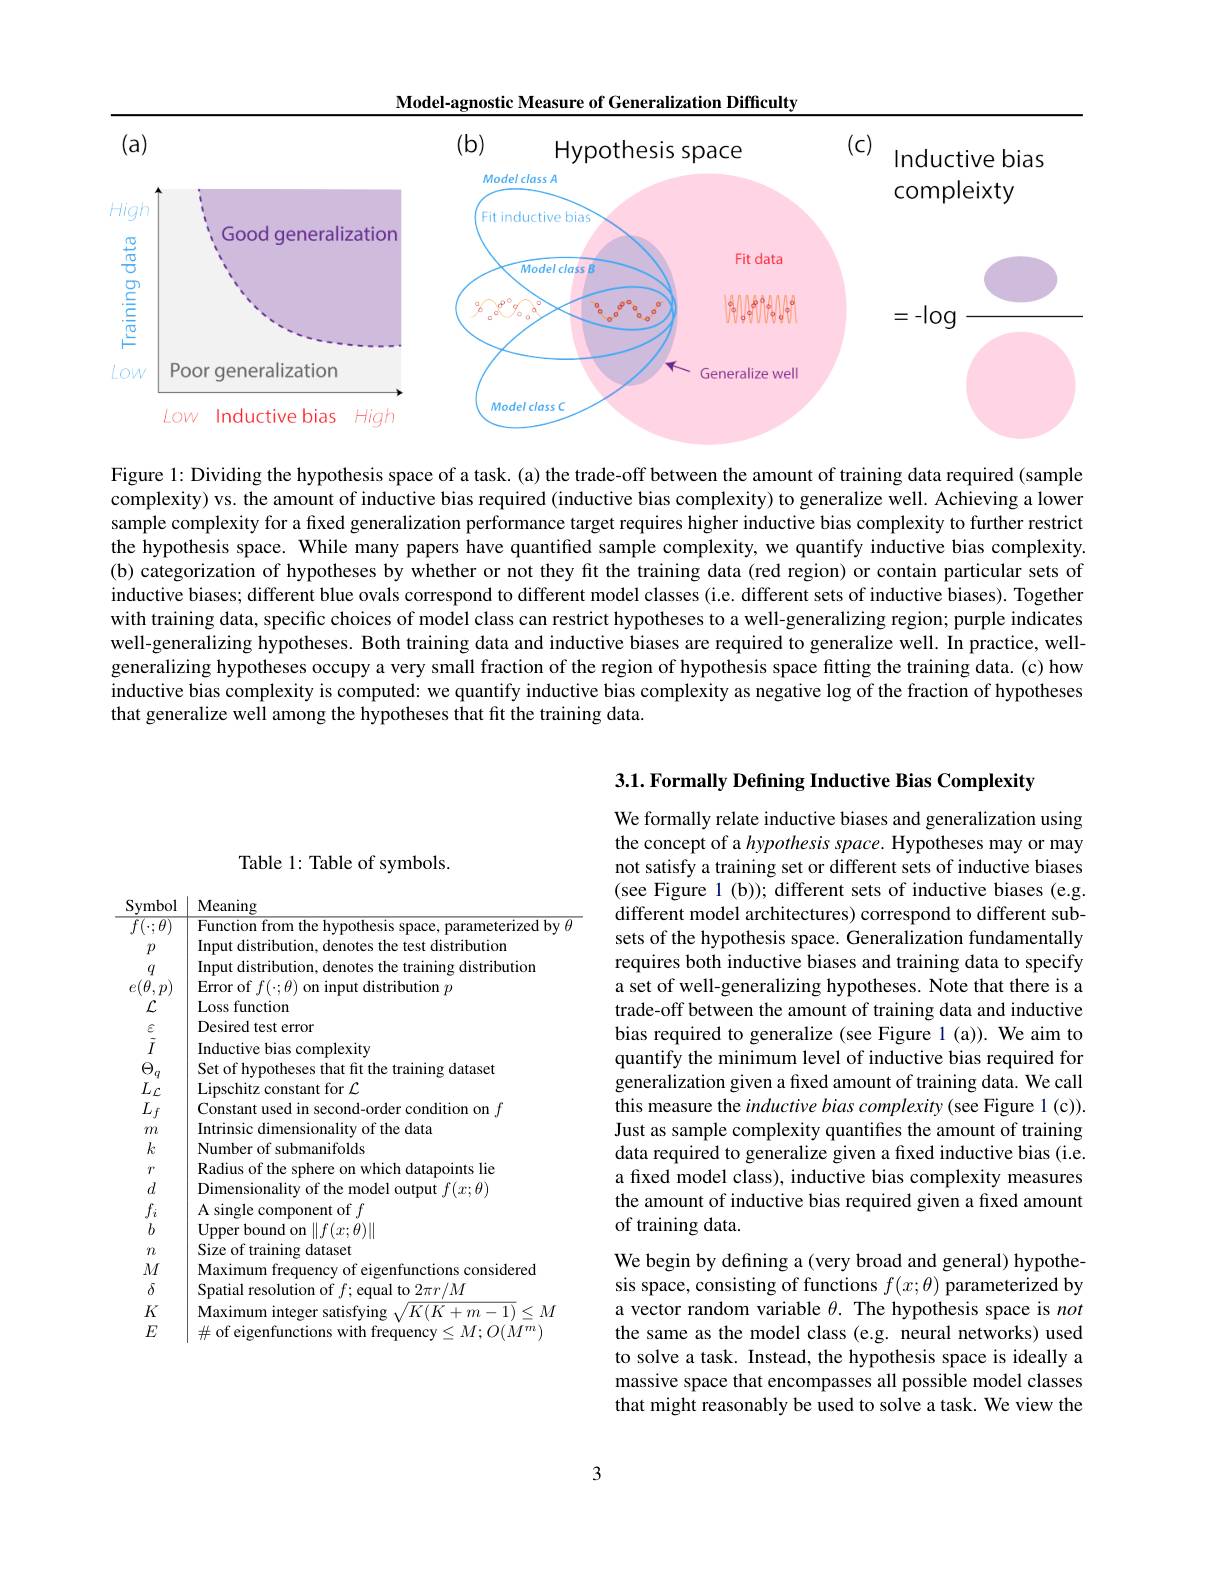
Model-agnostic Measure of Generalization Difficulty

<FigureHere>

Figure 1: Dividing the hypothesis space of a task. (a) the trade-off between the amount of training data required (sample complexity) vs. the amount of inductive bias required (inductive bias complexity) to generalize well. Achieving a lower sample complexity for a fixed generalization performance target requires higher inductive bias complexity to further restrict the hypothesis space. While many papers have quantified sample complexity, we quantify inductive bias complexity. (b) categorization of hypotheses by whether or not they fit the training data (red region) or contain particular sets of inductive biases; different blue ovals correspond to different model classes (i.e. different sets of inductive biases). Together with training data, specific choices of model class can restrict hypotheses to a well-generalizing region; purple indicates well-generalizing hypotheses. Both training data and inductive biases are required to generalize well. In practice, wellgeneralizing hypotheses occupy a very small fraction of the region of hypothesis space fitting the training data. (c) how inductive bias complexity is computed: we quantify inductive bias complexity as negative log of the fraction of hypotheses that generalize well among the hypotheses that fit the training data.

## Table 1: Table of symbols.

$\begin{array}{c|c}\text{Symbol}&\text{Meaning}\\\hline\end{array}$
$\begin{array}{c|c}f(\cdot;\theta)&\text{Function from the hypothesis space, parameterized by }\theta\end{array}$
Input distribution, denotes the test distribution
$p$ $q$
Input distribution, denotes the training distribution
$e( \theta , p)$ $\left | \begin{array} { c c } {\mathrm{Error~of~}f( \cdot ; \theta ) \text{ on input distribution }p}\end{array} \right .$
Loss function
$\mathcal{L}$
Desired test error
$\begin{array}{c}{\varepsilon}\\{\tilde{I}}\\{\Theta_{q}}\end{array}$
Inductive bias complexity
Set of hypotheses that fit the training dataset
$\Theta_{q}$ $L_{\mathcal{L}}$ $L_{f}$
Lipschitz constant for $\mathcal{L}$
Constant used in second-order condition on $f$
Intrinsic dimensionality of the data
$m$ $k$
Number of submanifolds
$r$
Radius of the sphere on which datapoints lie
$d$
Dimensionality of the model output $f(x;\theta)$
$f_i$
$\mathop{\mathrm{A~single~component~of~}}_{\text{Inan bound}}$
$b$
$\operatorname{Upper}$bound on$\|f(x;\theta)\|$
Size of training dataset
$n$ $M$
Maximum frequency of eigenfunctions considered
$\delta$
Spatial resolution of $f;$ equal to $2\pi r/M$
$K$
$\underset{{\mathrm{Maximum~integer~satisfying~}}}{\operatorname*{\operatorname*{\operatorname*{Maximum~integer~satisfying~}}\sqrt{K(K+m-1)}\leq M}}$
$E$
$\mid\#$ of eigenfunctions with frequency$\leq M;O(\bar{M^m})$

3.1. Formally Defining Inductive Bias Complexity
We formally relate inductive biases and generalization using the concept of a hypothesis space. Hypotheses may or may not satisfy a training set or different sets of inductive biases (see Figure 1(b)); different sets of inductive biases (e.g. different model architectures) correspond to different subsets of the hypothesis space. Generalization fundamentally requires both inductive biases and training data to specify a set of well-generalizing hypotheses. Note that there is a trade-off between the amount of training data and inductive bias required to generalize (see Figure 1 (a)). We aim to quantify the minimum level of inductive bias required for generalization given a fixed amount of training data. We call this measure the inductive bias complexity (see Figure 1 (c)). Just as sample complexity quantifies the amount of training data required to generalize given a fixed inductive bias (i.e. a fixed model class), inductive bias complexity measures the amount of inductive bias required given a fixed amount of training data.
We begin by defining a (very broad and general) hypothesis space, consisting of functions $f(x;\theta)$ parameterized by a vector random variable $\theta.$ The hypothesis space is not the same as the model class (e.g. neural networks) used to solve a task. Instead, the hypothesis space is ideally a massive space that encompasses all possible model classes that might reasonably be used to solve a task. We view the

3